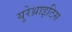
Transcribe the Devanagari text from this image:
युरेथ्राइटिस